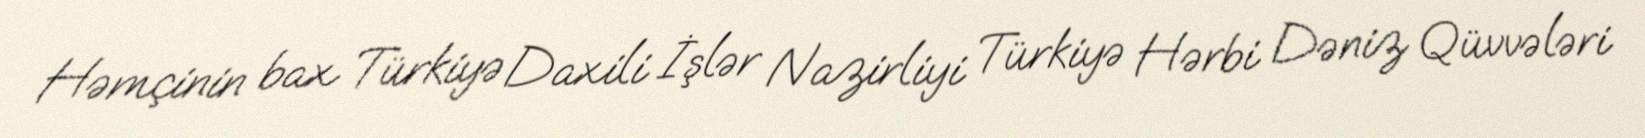
Həmçinin bax Türkiyə Daxili İşlər Nazirliyi Türkiyə Hərbi Dəniz Qüvvələri